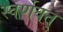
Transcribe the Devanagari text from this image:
स्वर्णवत्